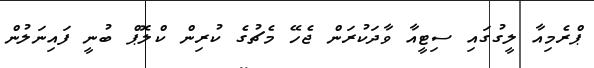
ޕްރެމިއާ ލީގުގައި ސިޓީއާ ވާދަކުރަން ޖެހޭ މެޗުގެ ކުރިން ކްލޮޕް ބުނީ ފައިނަލުން